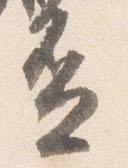
盃